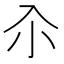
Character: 𡭗